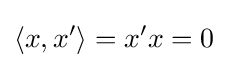
\left\langle x,x^{\prime }\right\rangle =x^{\prime }x=0